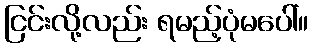
ငြင်းလို့လည်း ရမည့်ပုံမပေါ်။